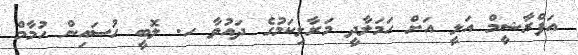
އަފްރާޝީމް އަލީ އަށް ހަމަލާދީ މަރާލިކަމުގެ ދައުވާ ހ. ލޮބީ ހުސައިން ހުމާމް